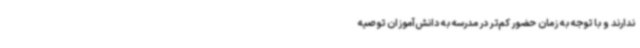
ندارند و با توجه به زمان حضور کم‌تر در مدرسه به دانش‌آموزان توصیه